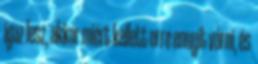
igaz lesz, akkor miért kellett erre ennyit várni, és